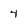
Character: 4